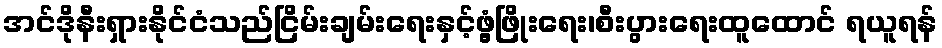
အင်ဒိုနီးရှားနိုင်ငံသည်ငြိမ်းချမ်းရေးနှင့်ဖွံ့ဖြိုးရေး၊စီးပွားရေးထူထောင် ရယူရန်